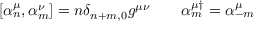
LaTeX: \left[ \alpha _ { n } ^ { \mu } , \alpha _ { m } ^ { \nu } \right] = n \delta _ { n + m , 0 } g ^ { \mu \nu } \: \: \: \: \: \: \: \: \: \alpha _ { m } ^ { \mu \dag } = \alpha _ { - m } ^ { \mu }